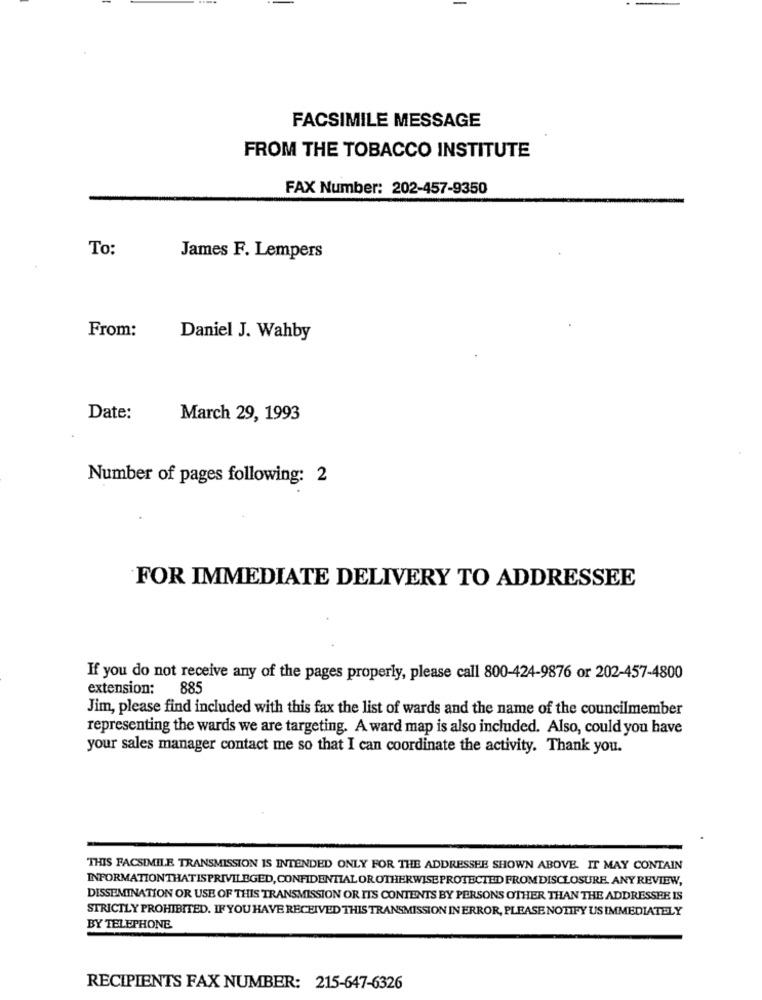
FACSIMILE MESSAGE
FROM THE TOBACCO INSTITUTE
FAX Number: 202-457-9350
To:
James F. Lempers
From:
Daniel J. Wahby
Date:
March 29, 1993
Number of pages following: 2
FOR IMMEDIATE DELIVERY TO ADDRESSEE
If you do not receive any of the pages properly, please call 800-424-9876 or 202-457-4800
extension: 885
Jim, please find included with this fax the list of wards and the name of the councilmember
representing the wards we are targeting. A ward map is also included. Also, could you have
your sales manager contact me so that I can coordinate the activity. Thank you.
THIS FACSIMILE TRANSMISSION IS INTENDED ONLY FOR THE ADDRESSEE SHOWN ABOVE. IT MAY CONTAIN
INFORMATIONTHATISPRIVILEGED, CONFIDENTIAL OR OTHERWISEPROTECTED FROM DISCLOSURE. ANY REVIEW,
DISSEMINATION OR USE OF THIS TRANSMISSION OR ITS CONTENTS BY PERSONS OTHER THAN THE ADDRESSEE IS
STRICTLY PROHIBITED. IF YOU HAVE RECEIVED THIS TRANSMISSION IN ERROR, PLEASE NOTIFY US IMMEDIATELY
BY TELEPHONE
RECIPIENTS FAX NUMBER: 215-647-6326